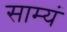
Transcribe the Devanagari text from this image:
साम्यं